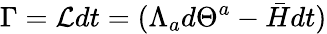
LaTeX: \Gamma=\mathcal{L}dt=(\Lambda_{a}d\Theta^{a}-\bar{H}dt)